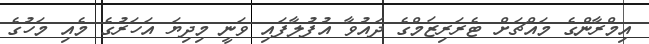
އިމްރާންގެ މައްޗަށް ޓެރަރިޒަމްގެ ދައުވާ އުފުލާފައި ވަނީ މިދިޔަ އަހަރުގެ މެއި މަހުގެ